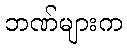
ဘဏ်များက